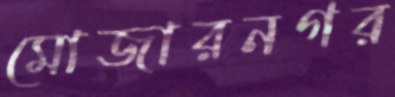
মোজারনগর